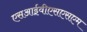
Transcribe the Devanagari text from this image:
एसआईवीएसएसएम